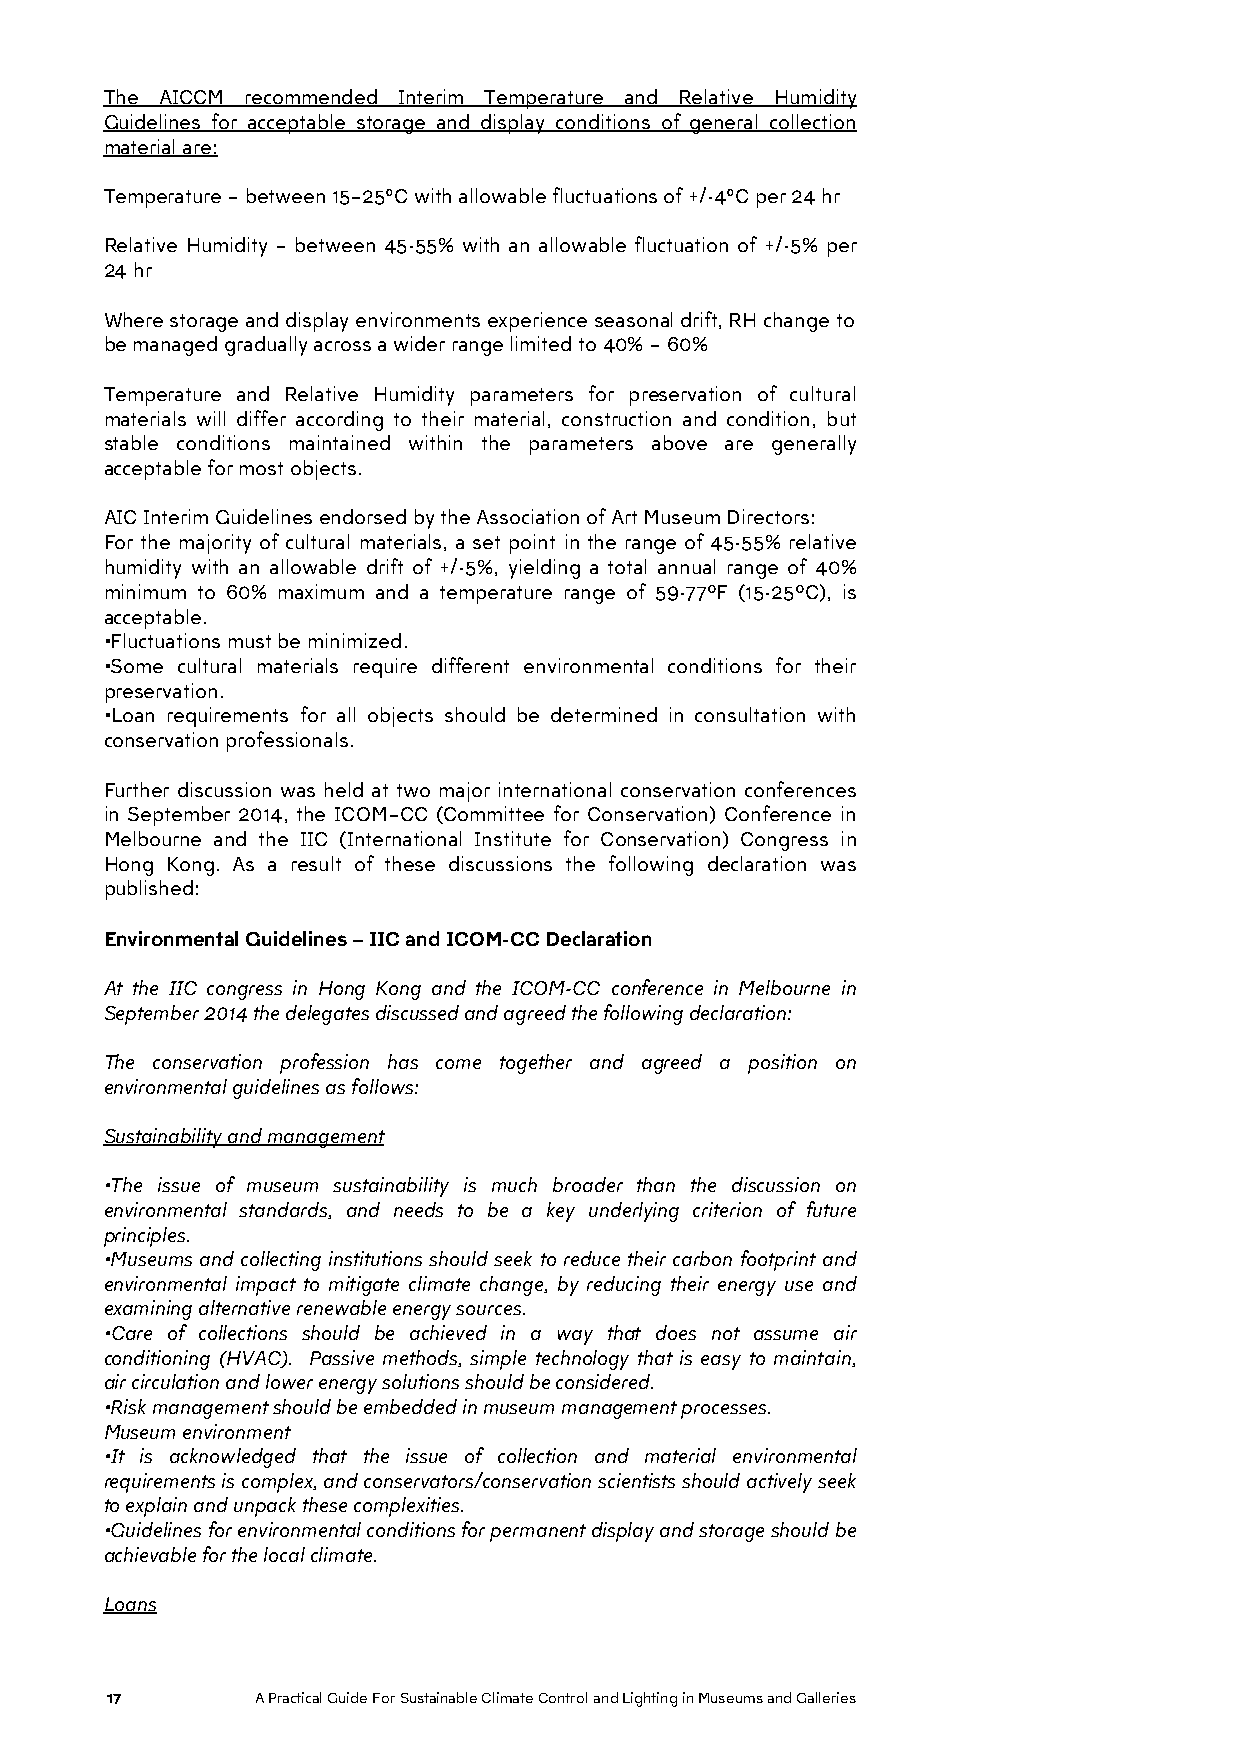
The AICCM recommended Interim Temperature and Relative Humidity
 Guidelines for acceptable storage and display conditions of general collection
 material are:
 Temperature – between 15–25°C with allowable fluctuations of +/-4°C per 24 hr
 Relative Humidity – between 45-55% with an allowable fluctuation of +/-5% per
 24 hr
 Where storage and display environments experience seasonal drift, RH change to
 be managed gradually across a wider range limited to 40% – 60%
 Temperature and Relative Humidity parameters for preservation of cultural
 materials will differ according to their material, construction and condition, but
 stable conditions maintained within the parameters above are generally
 acceptable for most objects.
 AIC Interim Guidelines endorsed by the Association of Art Museum Directors:
 For the majority of cultural materials, a set point in the range of 45-55% relative
 humidity with an allowable drift of +/-5%, yielding a total annual range of 40%
 minimum to 60% maximum and a temperature range of 59-77ºF (15-25ºC), is
 acceptable.
 •Fluctuations must be minimized.
 •Some cultural materials require different environmental conditions for their
 preservation.
 •Loan requirements for all objects should be determined in consultation with
 conservation professionals.
 Further discussion was held at two major international conservation conferences
 in September 2014, the ICOM–CC (Committee for Conservation) Conference in
 Melbourne and the IIC (International Institute for Conservation) Congress in
 Hong Kong. As a result of these discussions the following declaration was
 published:
 Environmental Guidelines – IIC and ICOM-CC Declaration
 At the IIC congress in Hong Kong and the ICOM-CC conference in Melbourne in
 September 2014 the delegates discussed and agreed the following declaration:
 The conservation profession has come together and agreed a position on
 environmental guidelines as follows:
 Sustainability and management
 •The issue of museum sustainability is much broader than the discussion on
 environmental standards, and needs to be a key underlying criterion of future
 principles.
 •Museums and collecting institutions should seek to reduce their carbon footprint and
 environmental impact to mitigate climate change, by reducing their energy use and
 examining alternative renewable energy sources.
 •Care of collections should be achieved in a way that does not assume air
 conditioning (HVAC). Passive methods, simple technology that is easy to maintain,
 air circulation and lower energy solutions should be considered.
 •Risk management should be embedded in museum management processes.
 Museum environment
 •It is acknowledged that the issue of collection and material environmental
 requirements is complex, and conservators/conservation scientists should actively seek
 to explain and unpack these complexities.
 •Guidelines for environmental conditions for permanent display and storage should be
 achievable for the local climate.
 Loans
 17        A Practical Guide For Sustainable Climate Control and Lighting in Museums and Galleries